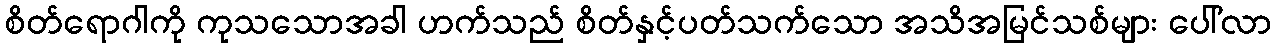
စိတ်ရောဂါကို ကုသသောအခါ ဟက်သည် စိတ်နှင့်ပတ်သက်သော အသိအမြင်သစ်များ ပေါ်လာ